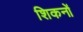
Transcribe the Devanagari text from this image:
शिकनों